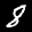
Label: 8